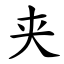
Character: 夹